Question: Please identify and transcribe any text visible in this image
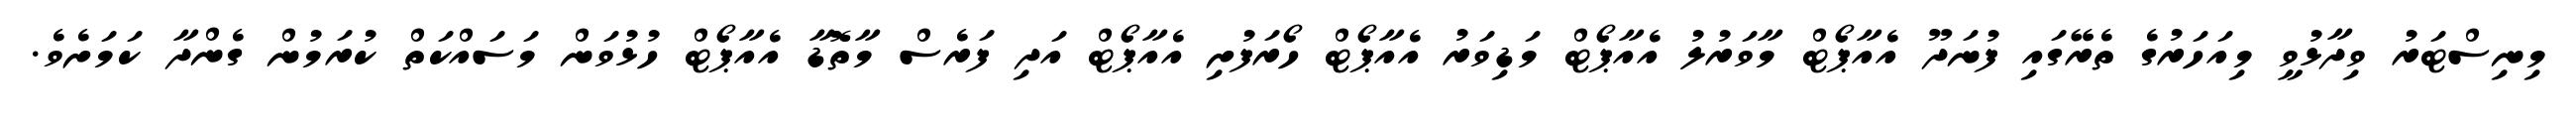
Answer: މިނިސްޓަރު ވިދާޅުވީ މިއަހަރުގެ ތެރޭގައި ފުނަދޫ އެއާޕޯޓް މާވަރުލު އެއާޕޯޓް މަޑިވަރު އެއާޕޯޓް ހޯރަފުށި އެއާޕޯޓް އަދި ފަރެސް މާތޮޑާ އެއާޕޯޓް ހުޅުވަން މަސައްކަތް ކުރަމުން ގެންދާ ކަމަށެވެ.